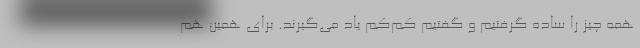
همه‌ چیز را ساده گرفتیم و گفتیم کم‌کم یاد می‌گیرند. برای همین هم